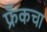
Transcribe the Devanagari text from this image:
फ्रँकचा